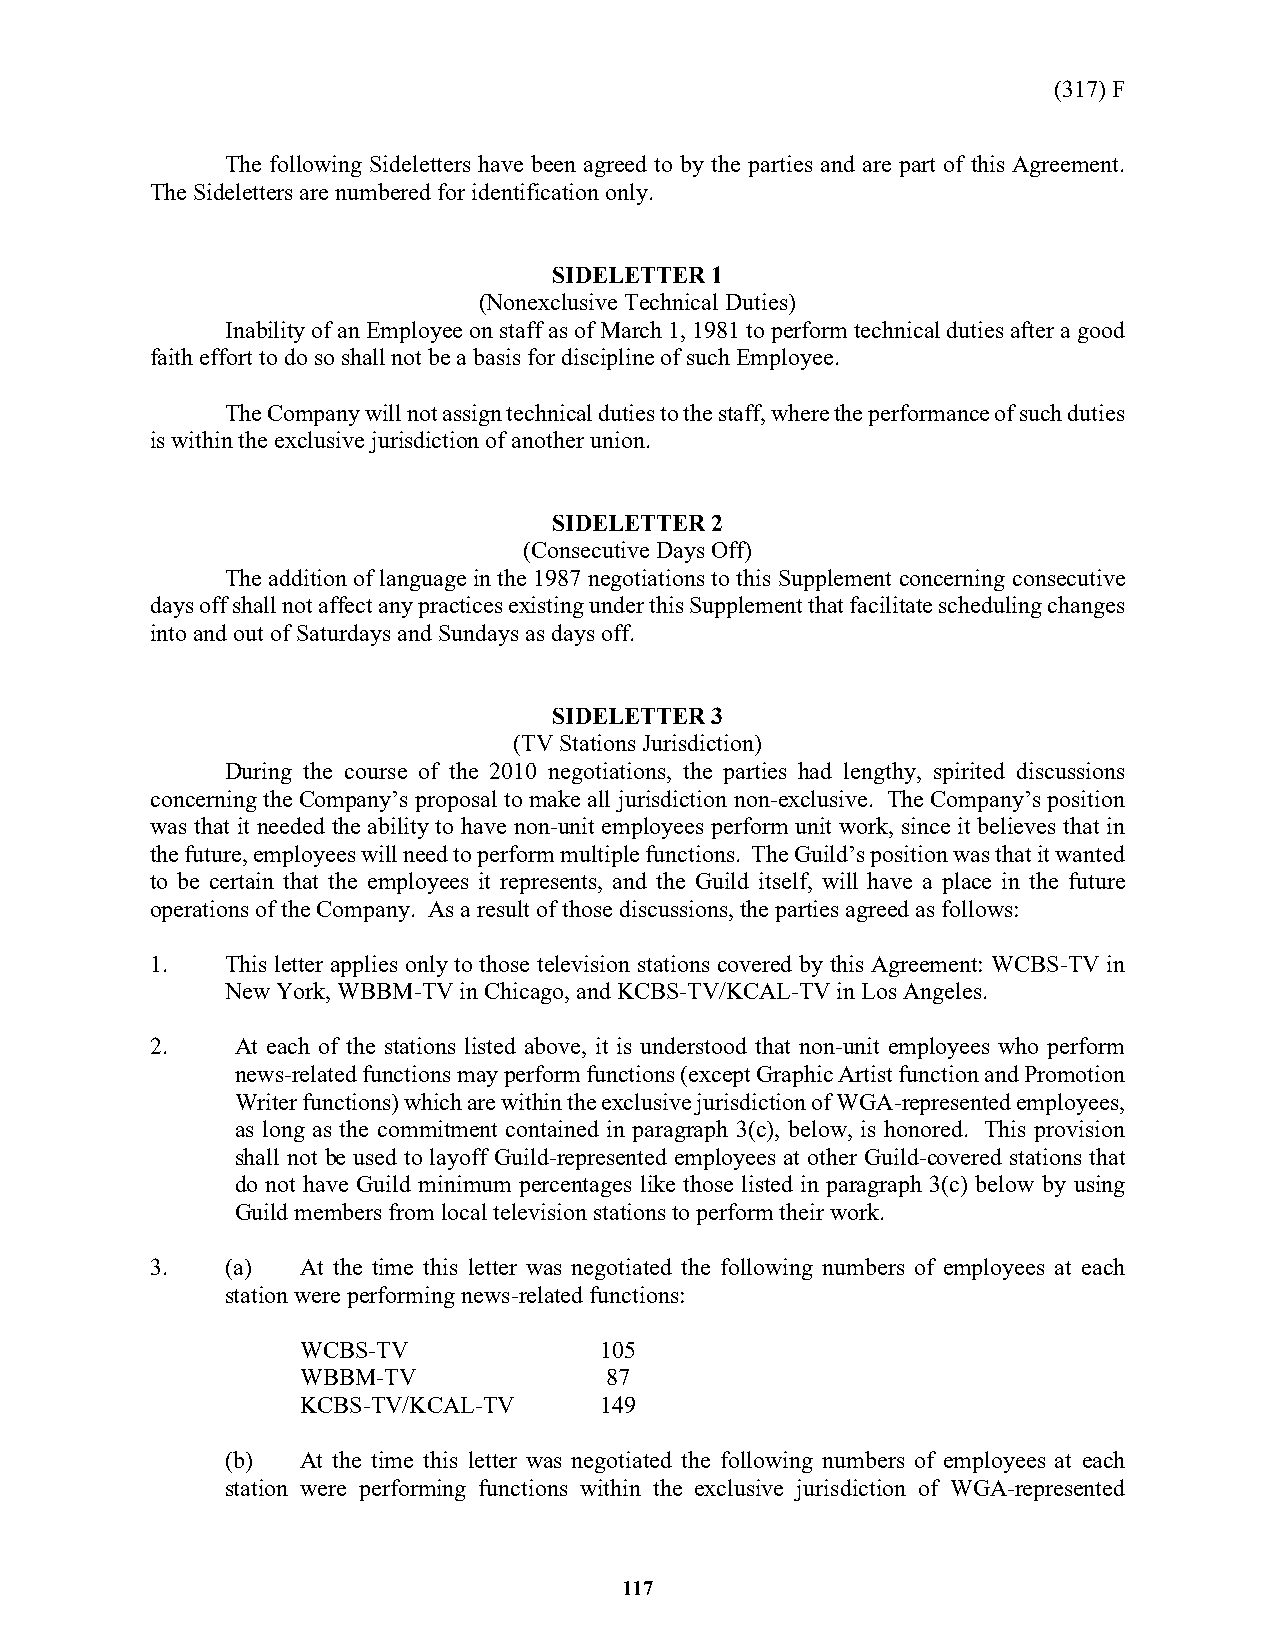
(317) F
 The following Sideletters have been agreed to by the parties and are part of this Agreement.
 The Sideletters are numbered for identification only.
 SIDELETTER 1
 (Nonexclusive Technical Duties)
 Inability of an Employee on staff as of March 1, 1981 to perform technical duties after a good
 faith effort to do so shall not be a basis for discipline of such Employee.
 The Company will not assign technical duties to the staff, where the performance of such duties
 is within the exclusive jurisdiction of another union.
 SIDELETTER 2
 (Consecutive Days Off)
 The addition of language in the 1987 negotiations to this Supplement concerning consecutive
 days off shall not affect any practices existing under this Supplement that facilitate scheduling changes
 into and out of Saturdays and Sundays as days off.
 SIDELETTER 3
 (TV Stations Jurisdiction)
 During the course of the 2010 negotiations, the parties had lengthy, spirited discussions
 concerning the Company’s proposal to make all jurisdiction non-exclusive. The Company’s position
 was that it needed the ability to have non-unit employees perform unit work, since it believes that in
 the future, employees will need to perform multiple functions. The Guild’s position was that it wanted
 to be certain that the employees it represents, and the Guild itself, will have a place in the future
 operations of the Company. As a result of those discussions, the parties agreed as follows:
 1.   This letter applies only to those television stations covered by this Agreement: WCBS-TV in
 New York, WBBM-TV in Chicago, and KCBS-TV/KCAL-TV in Los Angeles.
 2.    At each of the stations listed above, it is understood that non-unit employees who perform
 news-related functions may perform functions (except Graphic Artist function and Promotion
 Writer functions) which are within the exclusive jurisdiction of WGA-represented employees,
 as long as the commitment contained in paragraph 3(c), below, is honored. This provision
 shall not be used to layoff Guild-represented employees at other Guild-covered stations that
 do not have Guild minimum percentages like those listed in paragraph 3(c) below by using
 Guild members from local television stations to perform their work.
 3.   (a)  At the time this letter was negotiated the following numbers of employees at each
 station were performing news-related functions:
 WCBS-TV             105
 WBBM-TV             87
 KCBS-TV/KCAL-TV     149
 (b)  At the time this letter was negotiated the following numbers of employees at each
 station were performing functions within the exclusive jurisdiction of WGA-represented
 117